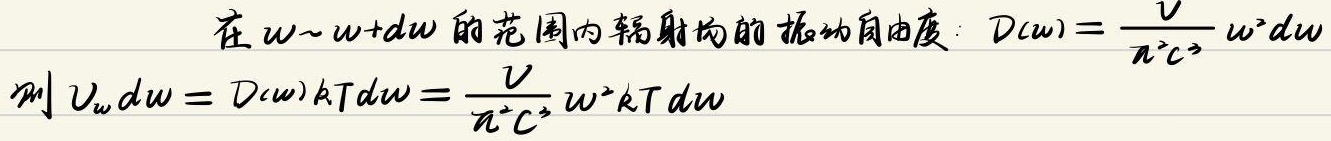
在\(\omega\sim\omega + d\omega\)的范围内辐射场的振动自由度：
\[D(\omega)=\frac{V}{\pi^{2}c^{3}}\omega^{2}d\omega\]
则
\[U_{\omega}d\omega = D(\omega)kTd\omega=\frac{V}{\pi^{2}c^{3}}\omega^{2}kTd\omega\]